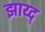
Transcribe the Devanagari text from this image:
झाय्द्